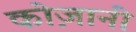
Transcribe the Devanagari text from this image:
कोज़ानी